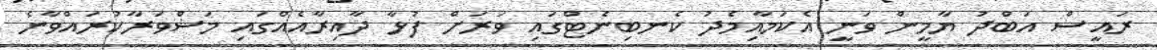
ރައީސް އަބްދު ޔާމީން ވަނީ އެކަމާއިމެދު ކެނބިނެޓްގައި ވަރަށް ފުޅާ ދާއިރާއެއްގައި މަޝްވަރާކުރައްވާނެ